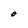
Character: O